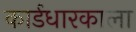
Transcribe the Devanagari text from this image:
कार्डधारकाला